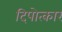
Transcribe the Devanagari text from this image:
दिपोत्कार